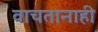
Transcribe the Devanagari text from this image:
वाचतानाही